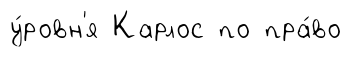
у́ровн'я Карлос по пра́во